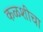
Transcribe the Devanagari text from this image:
कळशीचा